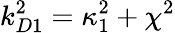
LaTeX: {k_{D1}^{2}=\kappa_{1}^{2}+\chi^{2}}